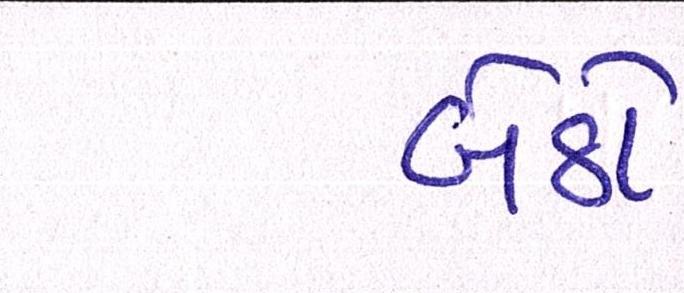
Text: બેઠો